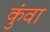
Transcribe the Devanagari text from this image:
कुंवा